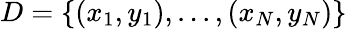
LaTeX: D=\{ (x_{1},y_{1}),...,(x_{N},y_{N})\}